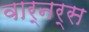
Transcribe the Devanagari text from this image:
वार्नर्स